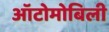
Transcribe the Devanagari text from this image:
ऑटोमोबिली